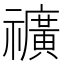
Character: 𥜟